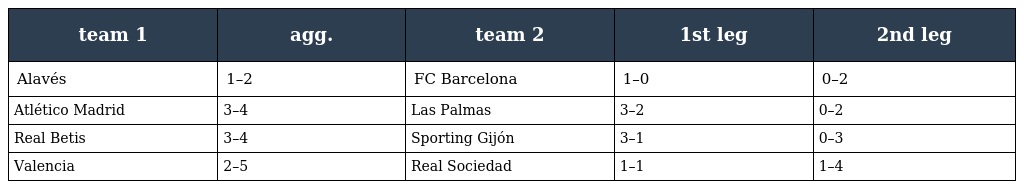
| team 1 | agg. | team 2 | 1st leg | 2nd leg |
 | --- | --- | --- | --- | --- |
 | Alavés | 1–2 | FC Barcelona | 1–0 | 0–2 |
 | Atlético Madrid | 3–4 | Las Palmas | 3–2 | 0–2 |
 | Real Betis | 3–4 | Sporting Gijón | 3–1 | 0–3 |
 | Valencia | 2–5 | Real Sociedad | 1–1 | 1–4 |